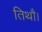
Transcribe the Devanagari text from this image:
तिथौ।